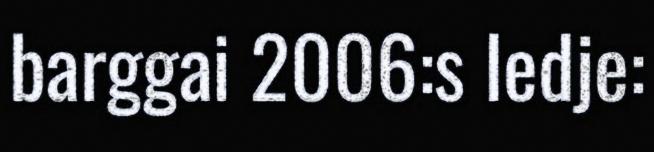
barggai 2006:s ledje: